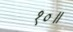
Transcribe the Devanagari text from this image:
१०॥